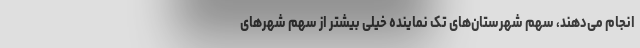
انجام می‌دهند، سهم شهرستان‌های تک نماینده خیلی بیشتر از سهم شهرهای